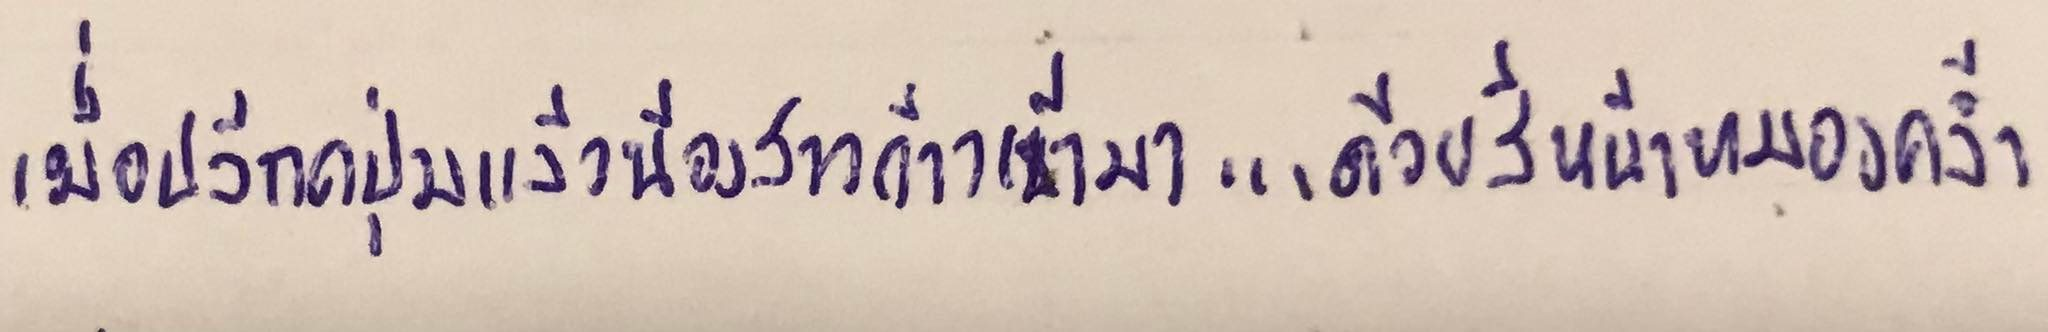
เมื่อปลีกดปุ่มแล้วน้องสาวก้าวเข้ามาแล้ว...ด้วยสีหน้าหมองคล้ำ